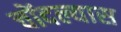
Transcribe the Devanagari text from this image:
चोंदल्यास